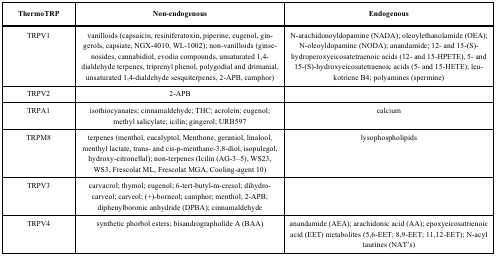
<table><thead><tr><td><b>ThermoTRP</b></td><td><b>Non-endogenous</b></td><td><b>Endogenous</b></td></tr></thead><tbody><tr><td>TRPV1</td><td>vanilloids (capsaicin, resiniferatoxin, piperine, eugenol, gingerols, capsiate, NGX-4010, WL-1002); non-vanilloids (ginsenosides, cannabidiol, evodia compounds, unsaturated 1,4-dialdehyde terpenes, triprenyl phenol, polygodial and drimanial, unsaturated 1,4-dialdehyde sesquiterpenes, 2-APB, camphor)</td><td>N-arachidonoyldopamine (NADA); oleoylethanolamide (OEA); N-oleoyldopamine (NODA); anandamide; 12- and 15-(S)-hydroperoxyeicosatetraenoic acids (12- and 15-HPETE), 5- and 15-(S)-hydroxyeicosatetraenoic acids (5- and 15-HETE); leukotriene B4; polyamines (spermine)</td></tr><tr><td>TRPV2</td><td>2-APB</td><td></td></tr><tr><td>TRPA1</td><td>isothiocyanates; cinnamaldehyde; THC; acrolein; eugenol; methyl salicylate; icilin; gingerol; URB597</td><td>calcium</td></tr><tr><td>TRPM8</td><td>terpenes (menthol, eucalyptol, Menthone, geraniol, linalool, menthyl lactate, trans- and cis-p-menthane-3,8-diol, isopulegol, hydroxy-citronellal); non-terpenes (Icilin (AG-3–5), WS23, WS3, Frescolat ML, Frescolat MGA, Cooling-agent 10)</td><td>lysophospholipids</td></tr><tr><td>TRPV3</td><td>carvacrol; thymol; eugenol; 6-tert-butyl-m-cresol; dihydrocarveol; carveol; (+)-borneol; camphor; menthol; 2-APB; diphenylboronic anhydride (DPBA); cinnamaldehyde</td><td></td></tr><tr><td>TRPV4</td><td>synthetic phorbol esters; bisandrographolide A (BAA)</td><td>anandamide (AEA); arachidonic acid (AA); epoxyeicosatrienoic acid (EET) metabolites (5,6-EET; 8,9-EET; 11,12-EET); N-acyl taurines (NAT’s)</td></tr></tbody></table>